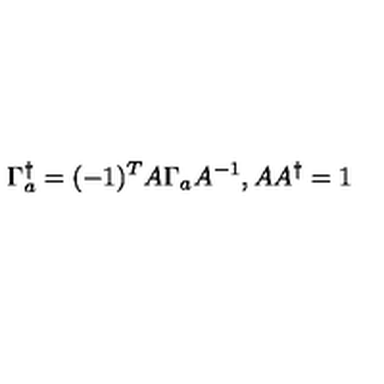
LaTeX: \Gamma _ { a } ^ { \dagger } = ( - 1 ) ^ { T } A \Gamma _ { a } A ^ { - 1 } , A A ^ { \dagger } = 1